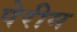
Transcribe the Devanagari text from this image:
पेरीम